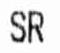
SR